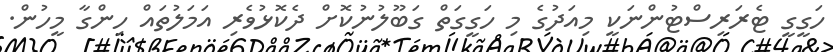
ހަގީގީ ޓެރަރިސްޓުންނަކީ މިއަދުގެ މި ހަގީގަތް ގަބޫލުނުކޮށް ދެކޮޅުވެރި އަމަލުތައް ހިންގާ މީހުން.